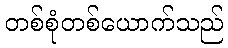
တစ်စုံတစ်ယောက်သည်